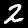
Label: 2